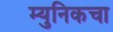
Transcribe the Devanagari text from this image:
म्युनिकचा